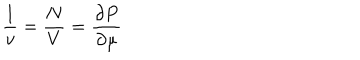
LaTeX: \frac 1 v = \frac N V = \frac { \partial P } { \partial \mu }